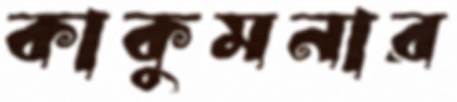
কাকুমনার